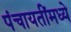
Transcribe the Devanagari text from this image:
पंचायतींमध्ये